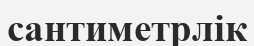
сантиметрлік